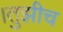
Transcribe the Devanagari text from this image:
।तुझीच